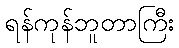
ရန်ကုန်ဘူတာကြီး